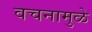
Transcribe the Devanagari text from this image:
वचनामुळे